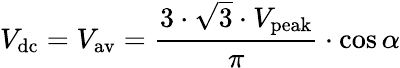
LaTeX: V_{\mathrm{dc}}=V_{\mathrm{av}}={\frac{3\cdot{\sqrt{3}}\cdot V_{\mathrm{peak}}}{\pi}}\cdot\cos\alpha